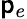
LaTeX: \mathsf{p}_{e}